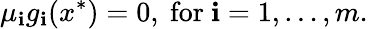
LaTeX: \mu_{\mathbf{i}}g_{\mathbf{i}}(x^{*})=0,{\mathrm{{~for~}}}\mathbf{i}=1,\ldots,m.